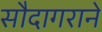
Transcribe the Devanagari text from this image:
सौदागराने